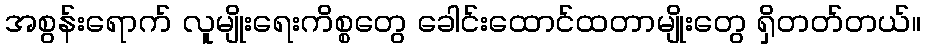
အစွန်းရောက် လူမျိုးရေးကိစ္စတွေ ခေါင်းထောင်ထတာမျိုးတွေ ရှိတတ်တယ်။